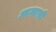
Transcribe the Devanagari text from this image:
आम्हासी